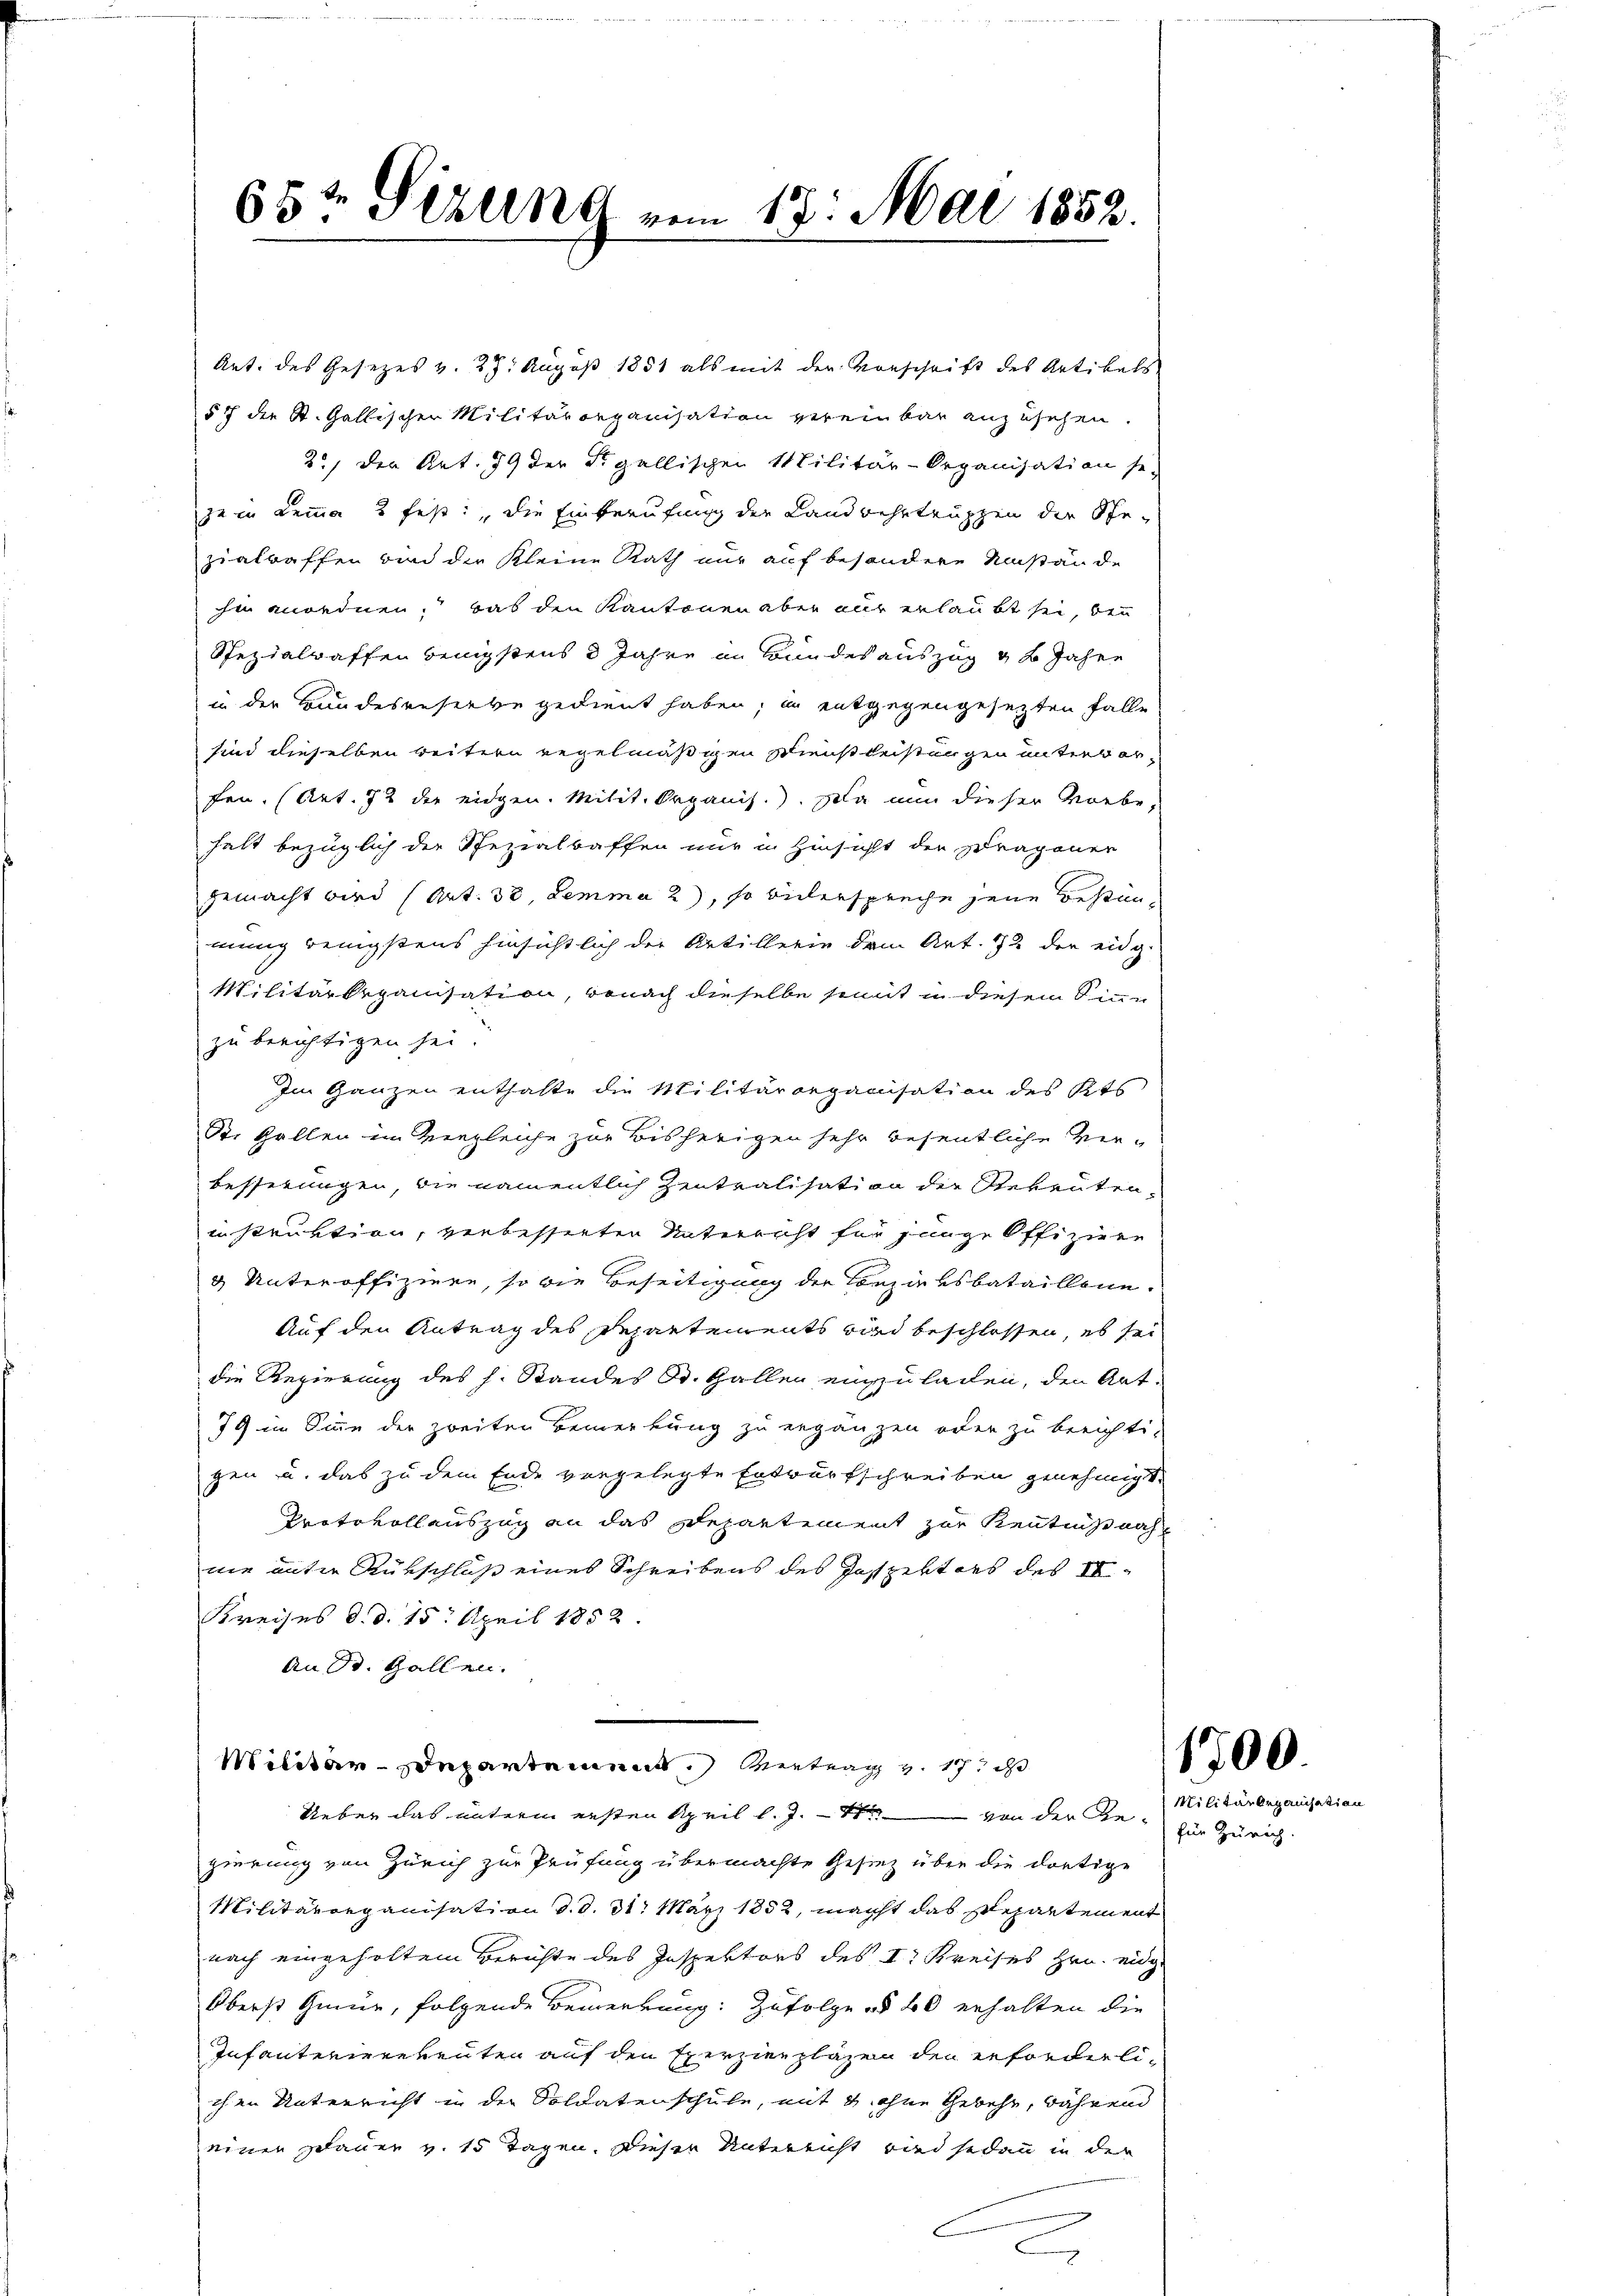
Art. des Gesezes v. 27. August 1851 als mit der Vorschrift des Artikals
§ 7 der St. Gallischer Militärorganisation vereinbar anzusehen.
2., der Art. 79 der Figallischen Militär-Organisation se
zem Lemma 2 fest: „die Einberufung der Landwehrtruppen der Ste-
zialwaffen und die Kleine Rath nur auf besondere Umstände
ihen anordnen, das den Kantonen aber aus erlaubt sei, bei
Spezialwaffen bringstens 3 Jahre in Bundes auszug g 2 Jahre
in der Bundesreservegedient haben, in entgegengesezten Falle
sind dieselben weitern regelmäßigen Dienstleistungen unterber,
fen. (Art. 72 der eidgen. Milit. Organis.). Da nun dieser Vorbe-
halt bezüglich die Spezialtaffen nur in Hinsicht der Dragoner
gemacht wird (Art. 30. Lemma 2), so biderspreche jene Bestimmung wenigstens hinsichtlich der Artillerie dem Art. 72 der eidg.
Militärdepanisation, wonach dieselbe sinnt in diesem Sinne
zu berichtigen sei.
Im Ganzen enthalte die Militärorganisation des Kts
St. Gallen im Vergleiche zur Bisherigen sehr besentliche Ver¬
Besserungen, die namentlich Zentralisation der Reventen,
instruktion, verbesserten Unterricht für junge Offiziere
g Unteroffiziere, so die Beseitigung der Konzirksbataillone.
Auf den Antrag des Departements wird beschlossen, es sei
die Regierung des h. Standes St. Gallen einzuladen, den Ant¬
79 im Sinne der zweiten Bemerkung zu ergänzen oder zu berichti-
gen u. das zu dem Ende vorgelegte Entwurfschreiben genehmigt.
Protokollauszug an das Departement zur Kenntnißnah
nie unter Rükschluß eines Schreibens des Jospektors des II
Kreises d. d. 15. April 1852
An St. Gallen.

65t Sizung vom 17. Mai 1852.

Militär-Departement. Vertrag v. 17. ds

Ueber das unterm ersten April l. J. von der Gegierung von Zürich zur Prüfung übermachte Gesinz über die dortige
Militärorganisation d. d. 31. März 1852, macht das Departement
nach eingeholtem Berichte des Inspektors des I. Kreises Hrn. eidg.
Oberst Gmür, folgende Bemerkung: Zufolge § 60 erhalten die
Infanterirenkenten auf den Exerzienpläzen den erforderlichen Unterricht in der Soldatenschule, mit u. ohne Gebühr, während
einer schauer v. 15 Tagen. Dieser Unterricht wird sodann in der
A

1700

Militärbeganisation
für Zürich.